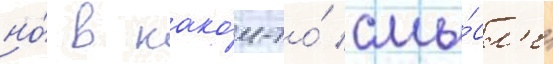
но́ в како́м-то́ смы́сл'е